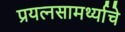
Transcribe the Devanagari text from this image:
प्रयत्‍नसामर्थ्याचे